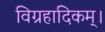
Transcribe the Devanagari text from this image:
विग्रहादिकम्।